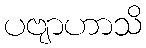
ပဗျာဟာသိ